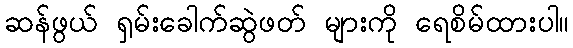
ဆန်ဖွယ် ရှမ်းခေါက်ဆွဲဖတ် များကို ရေစိမ်ထားပါ။